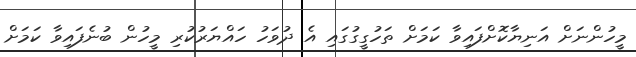
މީހުންނަށް އަނިޔާކޮށްފައިވާ ކަމަށް ތަހުގީގުގައި އެ ދުވަހު ހައްޔަރުކުރި މީހުން ބުނެފައިވާ ކަމަށް